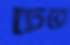
চেরে